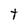
Character: t